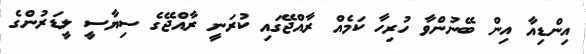
އިންޑިއާ އިން ބޭނުންވާ ހުރިހާ ކަމެއް ރާއްޖޭގައި ކުރަނީ ރާއްޖޭގެ ސިޔާސީ ލީޑަރުންގެ